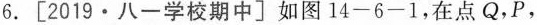
6.[2019·八一学校期中]如图14-6-1，在点Q，P，